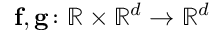
\mathbf { f } , \mathbf { g } \colon \ensuremath { \mathbb { R } } \times \ensuremath { \mathbb { R } ^ { d } } \to \ensuremath { \mathbb { R } ^ { d } }